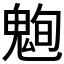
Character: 𮫞